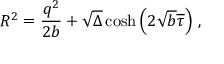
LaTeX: R ^ { 2 } = \frac { q ^ { 2 } } { 2 b } + \sqrt { \Delta } \cosh \left( 2 \sqrt { b } \overline { { { \tau } } } \right) \, ,